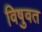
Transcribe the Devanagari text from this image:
विषुवत